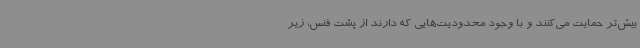
بیش‌تر حمایت می‌کنند و با وجود محدودیت‌هایی که دارند از پشت فنس، زیر